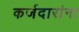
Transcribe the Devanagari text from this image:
कर्जदारांना